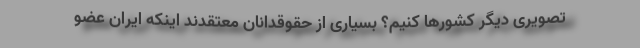
تصویری دیگر کشورها کنیم؟ بسیاری از حقوقدانان معتقدند اینکه ایران عضو